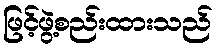
ဖြင့်ဖွဲ့စည်းထားသည်